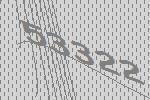
53322